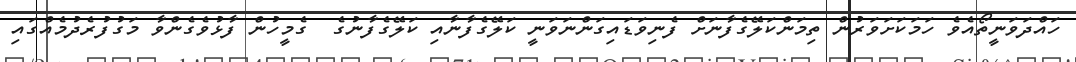
ހައްދަވަނީތޯއެވެެ ހަމަކަށަވަރުން ތިމަންކަލޭގެފާނަށް ފެނިވަޑައިގަންނަވަނީ ކަލޭގެފާނާއި ކަލޭގެފާނުގެ  ގެމީހުން ފާޅުވެގެންވާ މަގުފުރެދުމެއްގައި